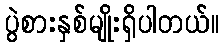
ပွဲစားနှစ်မျိုးရှိပါတယ်။